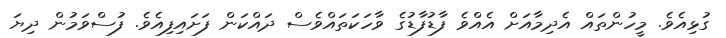
ގުޅިއެވެ. މީހުންތައް އެދިމާއަށް އެއްވެ ފާޑުފާޑުގެ ވާހަކަތައްވެސް ދައްކަން ފަށައިފިއެވެ. ފުސްވަމުން ދިޔަ